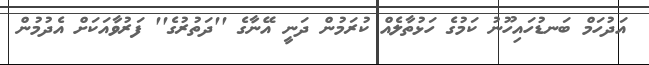
އަދުހަމް ބަނޑުހައިހޫނު ކަމުގެ ހަޅުތާލެއް ކުރަމުން ދަނީ އޭނާގެ ''ދަތުރުގެ'' ފަރުވާއަކަށް އެދުމުން